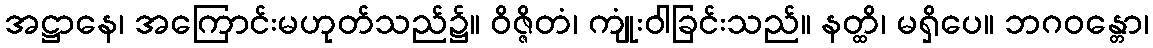
အဋ္ဌာနေ၊ အကြောင်းမဟုတ်သည်၌။ ဝိဇ္ဇိတံ၊ ကျုံးဝါခြင်းသည်။ နတ္ထိ၊ မရှိပေ။ ဘဂဝန္တော၊